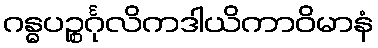
ဂန္ဓပဉ္စင်္ဂုလိကဒါယိကာဝိမာနံ